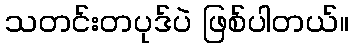
သတင်းတပုဒ်ပဲ ဖြစ်ပါတယ်။